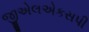
જીએલએકસપી